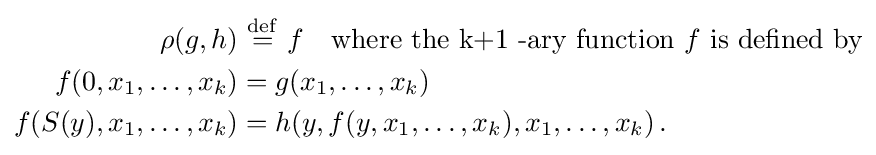
{\begin{aligned}\rho (g,h)&\ {\stackrel {\mathrm {def} }{=}}\ f\quad {\text{where the k+1 -ary function }}f{\text{ is defined by}}\\f(0,x_{1},\ldots ,x_{k})&=g(x_{1},\ldots ,x_{k})\\f(S(y),x_{1},\ldots ,x_{k})&=h(y,f(y,x_{1},\ldots ,x_{k}),x_{1},\ldots ,x_{k})\,.\end{aligned}}